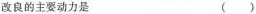
改良的主要动力是（ ）